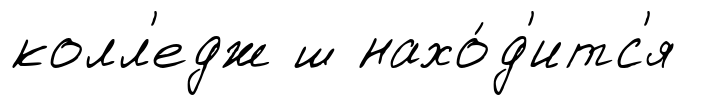
колл'едж ш нахо́д'итс'я